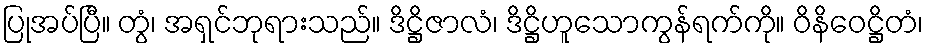
ပြုအပ်ပြီ။ တွံ၊ အရှင်ဘုရားသည်။ ဒိဋ္ဌိဇာလံ၊ ဒိဋ္ဌိဟူသောကွန်ရက်ကို။ ဝိနိဝေဋ္ဌိတံ၊